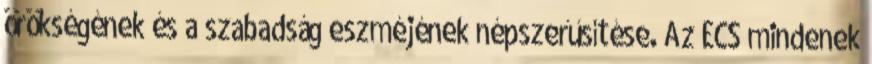
örökségének és a szabadság eszméjének népszerűsítése. Az ECS mindenek